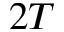
2 T